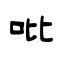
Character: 吡